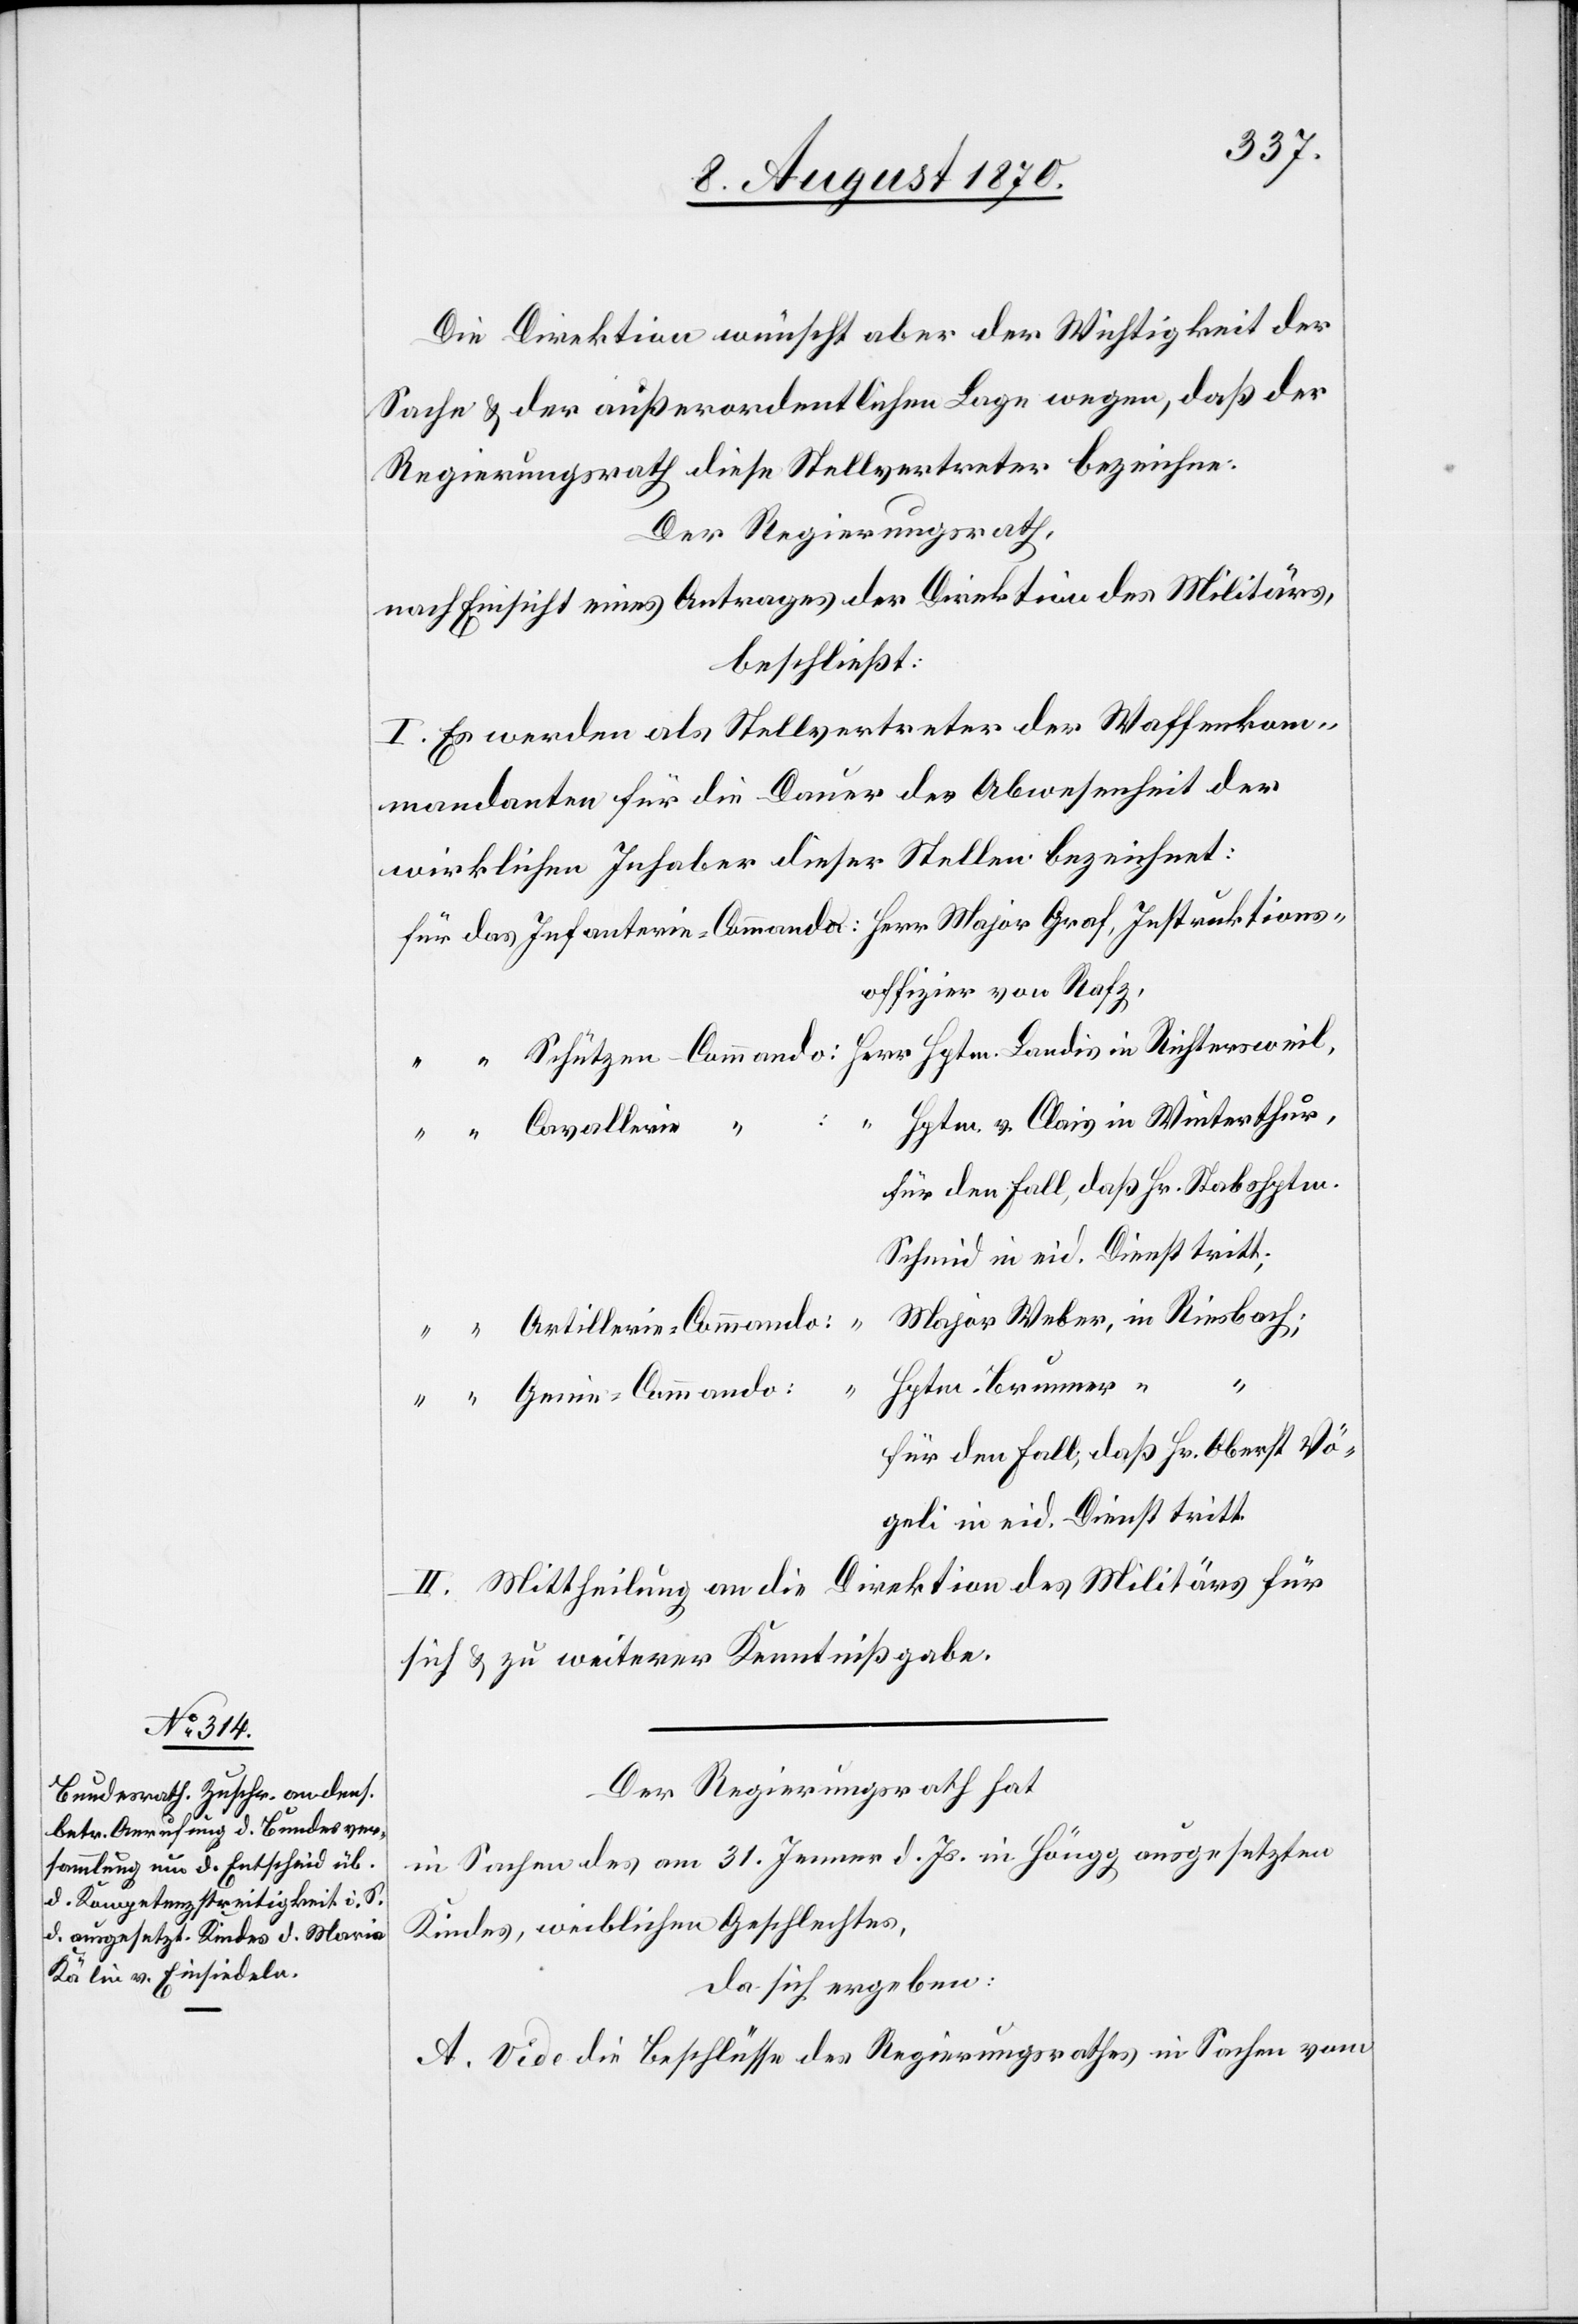
ons¬
Die Direktion wünscht aber der Wichtigkeit der
Sache & der außerordentlichen Lage wegen, daß der
Regierungsrath diese Stellvertreter bezeichne.
Der Regierungsrath,
nach Einsicht eines Antrages der Direktion des Militärs,
beschließt:
I. Es werden als Stellvertreter der Waffenkom¬
mandanten für die Dauer der Abwesenheit der
wirklichen Inhaber dieser Stellen bezeichnet:
offizier von Rafz,
Herr Hptm. Landis in Richtersweil,
“ Hptm. v. Clais in Winterthur,
für den Fall, daß Hr. Stabshptm.
Schmid in eid. Dienst tritt;
Major Weber, in Riesbach;
Hptm. Brunner,
“
für den Fall, daß Hr. Oberst Vö¬
geli in eid. Dienst tritt.
II. Mittheilung an die Direktion des Militärs für
sich & zu weiterer Kenntnißgabe.
Der Regierungsrath hat
in Sachen des am 31. Jenner d. Js. in Höngg ausgesetzten
Kindes, weiblichen Geschlechtes,
da sich ergeben:
A. Vide die Beschlüsse des Regierungsrathes in Sachen vom